65_HS1-834228961_62-HQ-83894_Serial_164
Agency: FBI
Page 27
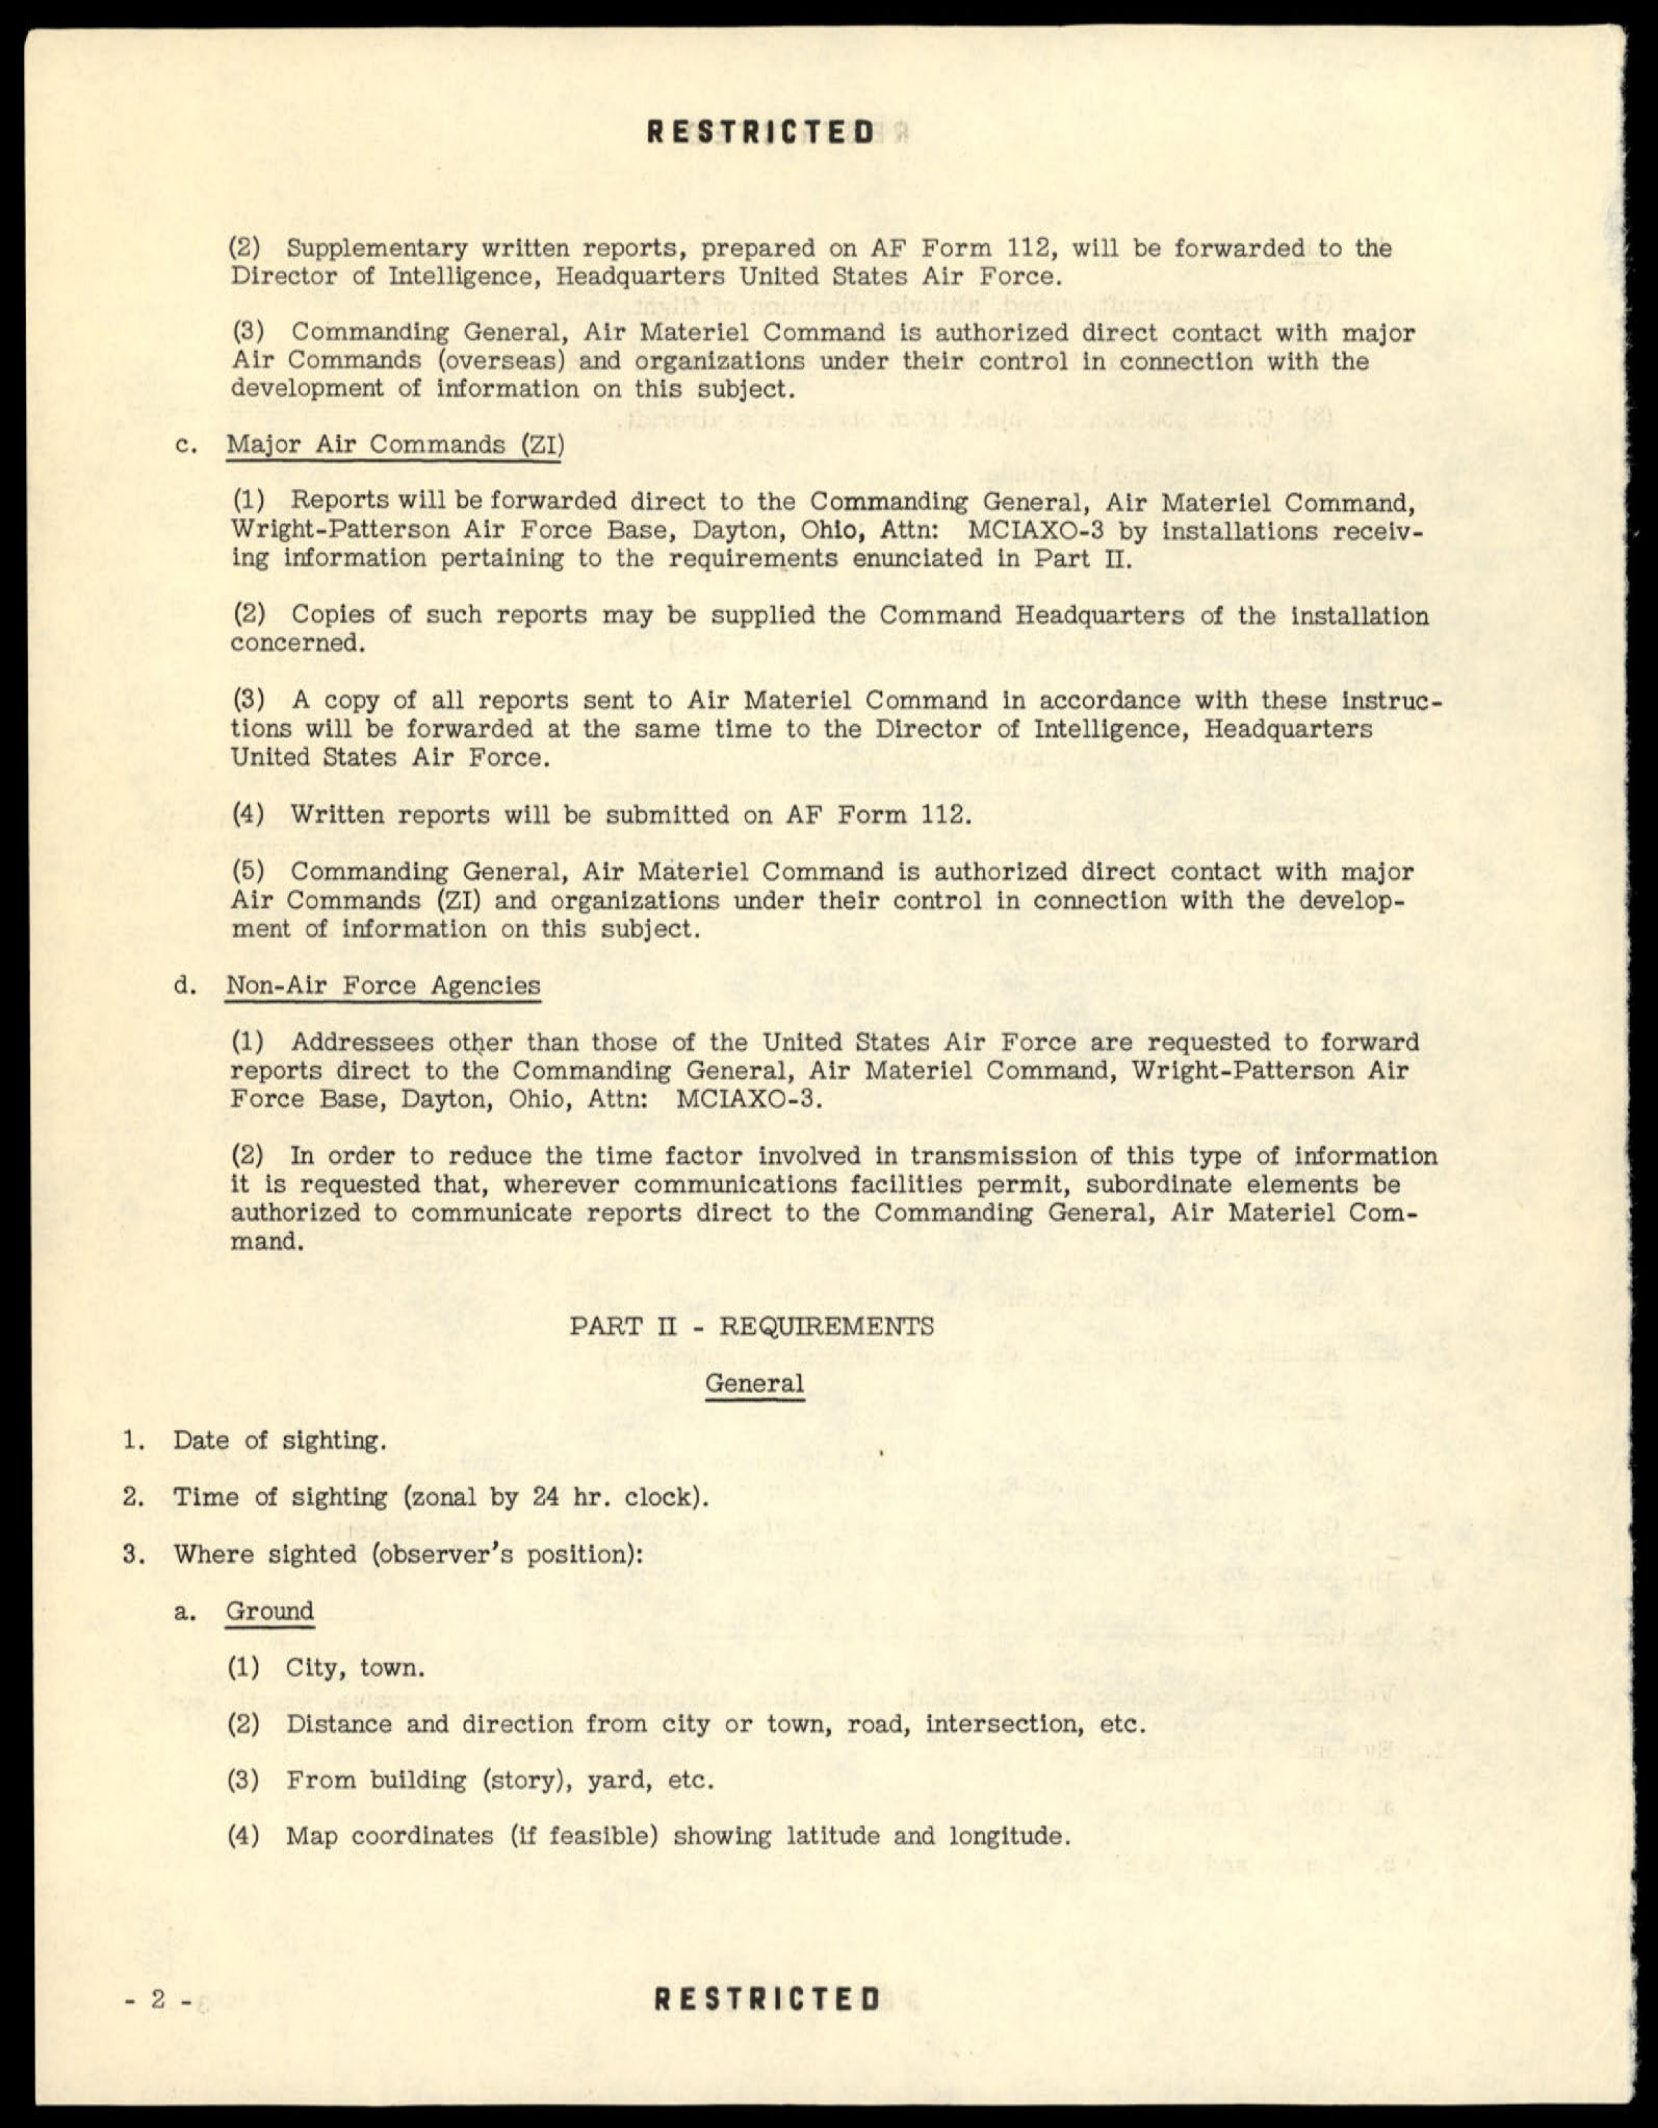